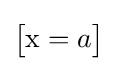
{\begin{bmatrix}{\text{x}}=a\end{bmatrix}}